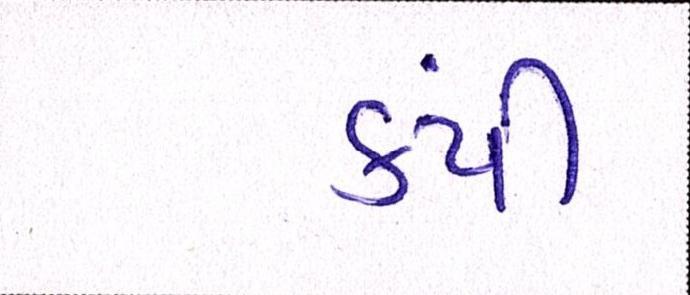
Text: કંપી